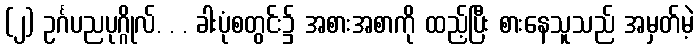
(၂) ဥင်္ဂပညပုဂ္ဂိုလ်. . . ခါးပုံစတွင်း၌ အစားအစာကို ထည့်ပြီး စားနေသူသည် အမှတ်မဲ့